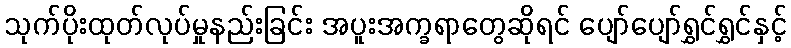
သုက်ပိုးထုတ်လုပ်မှုနည်းခြင်း အပူးအက္ခရာတွေဆိုရင် ပျော်ပျော်ရွှင်ရွှင်နှင့်